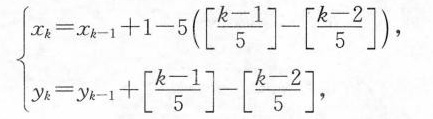
$$\left \ { \begin { array } { l }